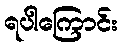
ရပါကြောင်း